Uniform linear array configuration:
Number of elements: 16
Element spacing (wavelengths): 1
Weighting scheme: exponential
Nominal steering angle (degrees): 15
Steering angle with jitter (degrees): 14.96
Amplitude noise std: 0.05
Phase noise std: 0.05

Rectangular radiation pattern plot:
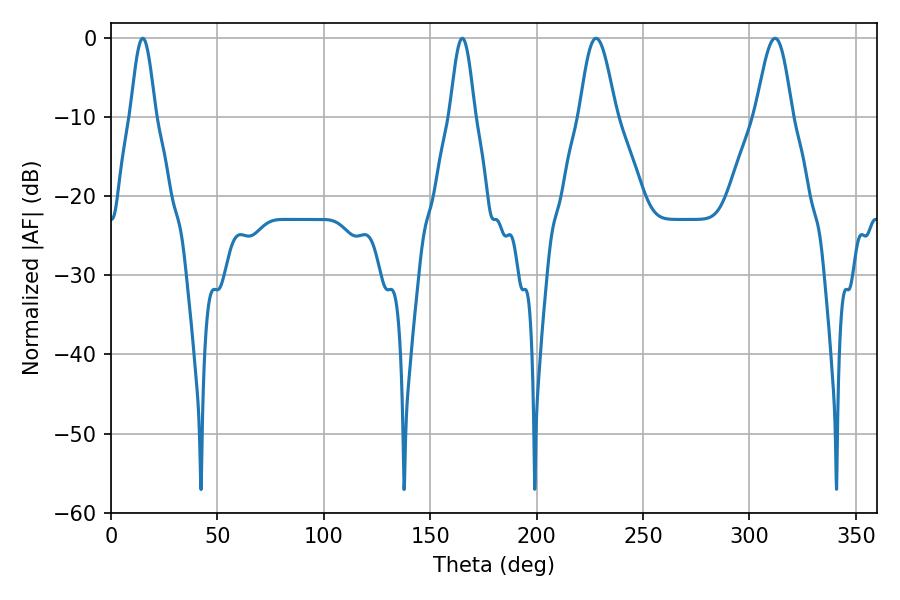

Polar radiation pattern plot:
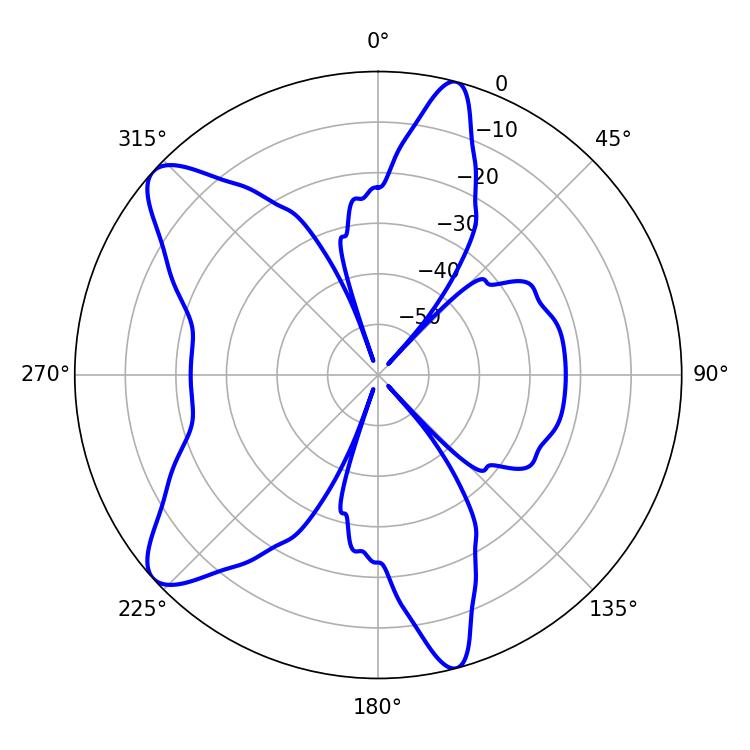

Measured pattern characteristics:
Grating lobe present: TRUE
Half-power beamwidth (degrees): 6.12
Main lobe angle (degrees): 14.94